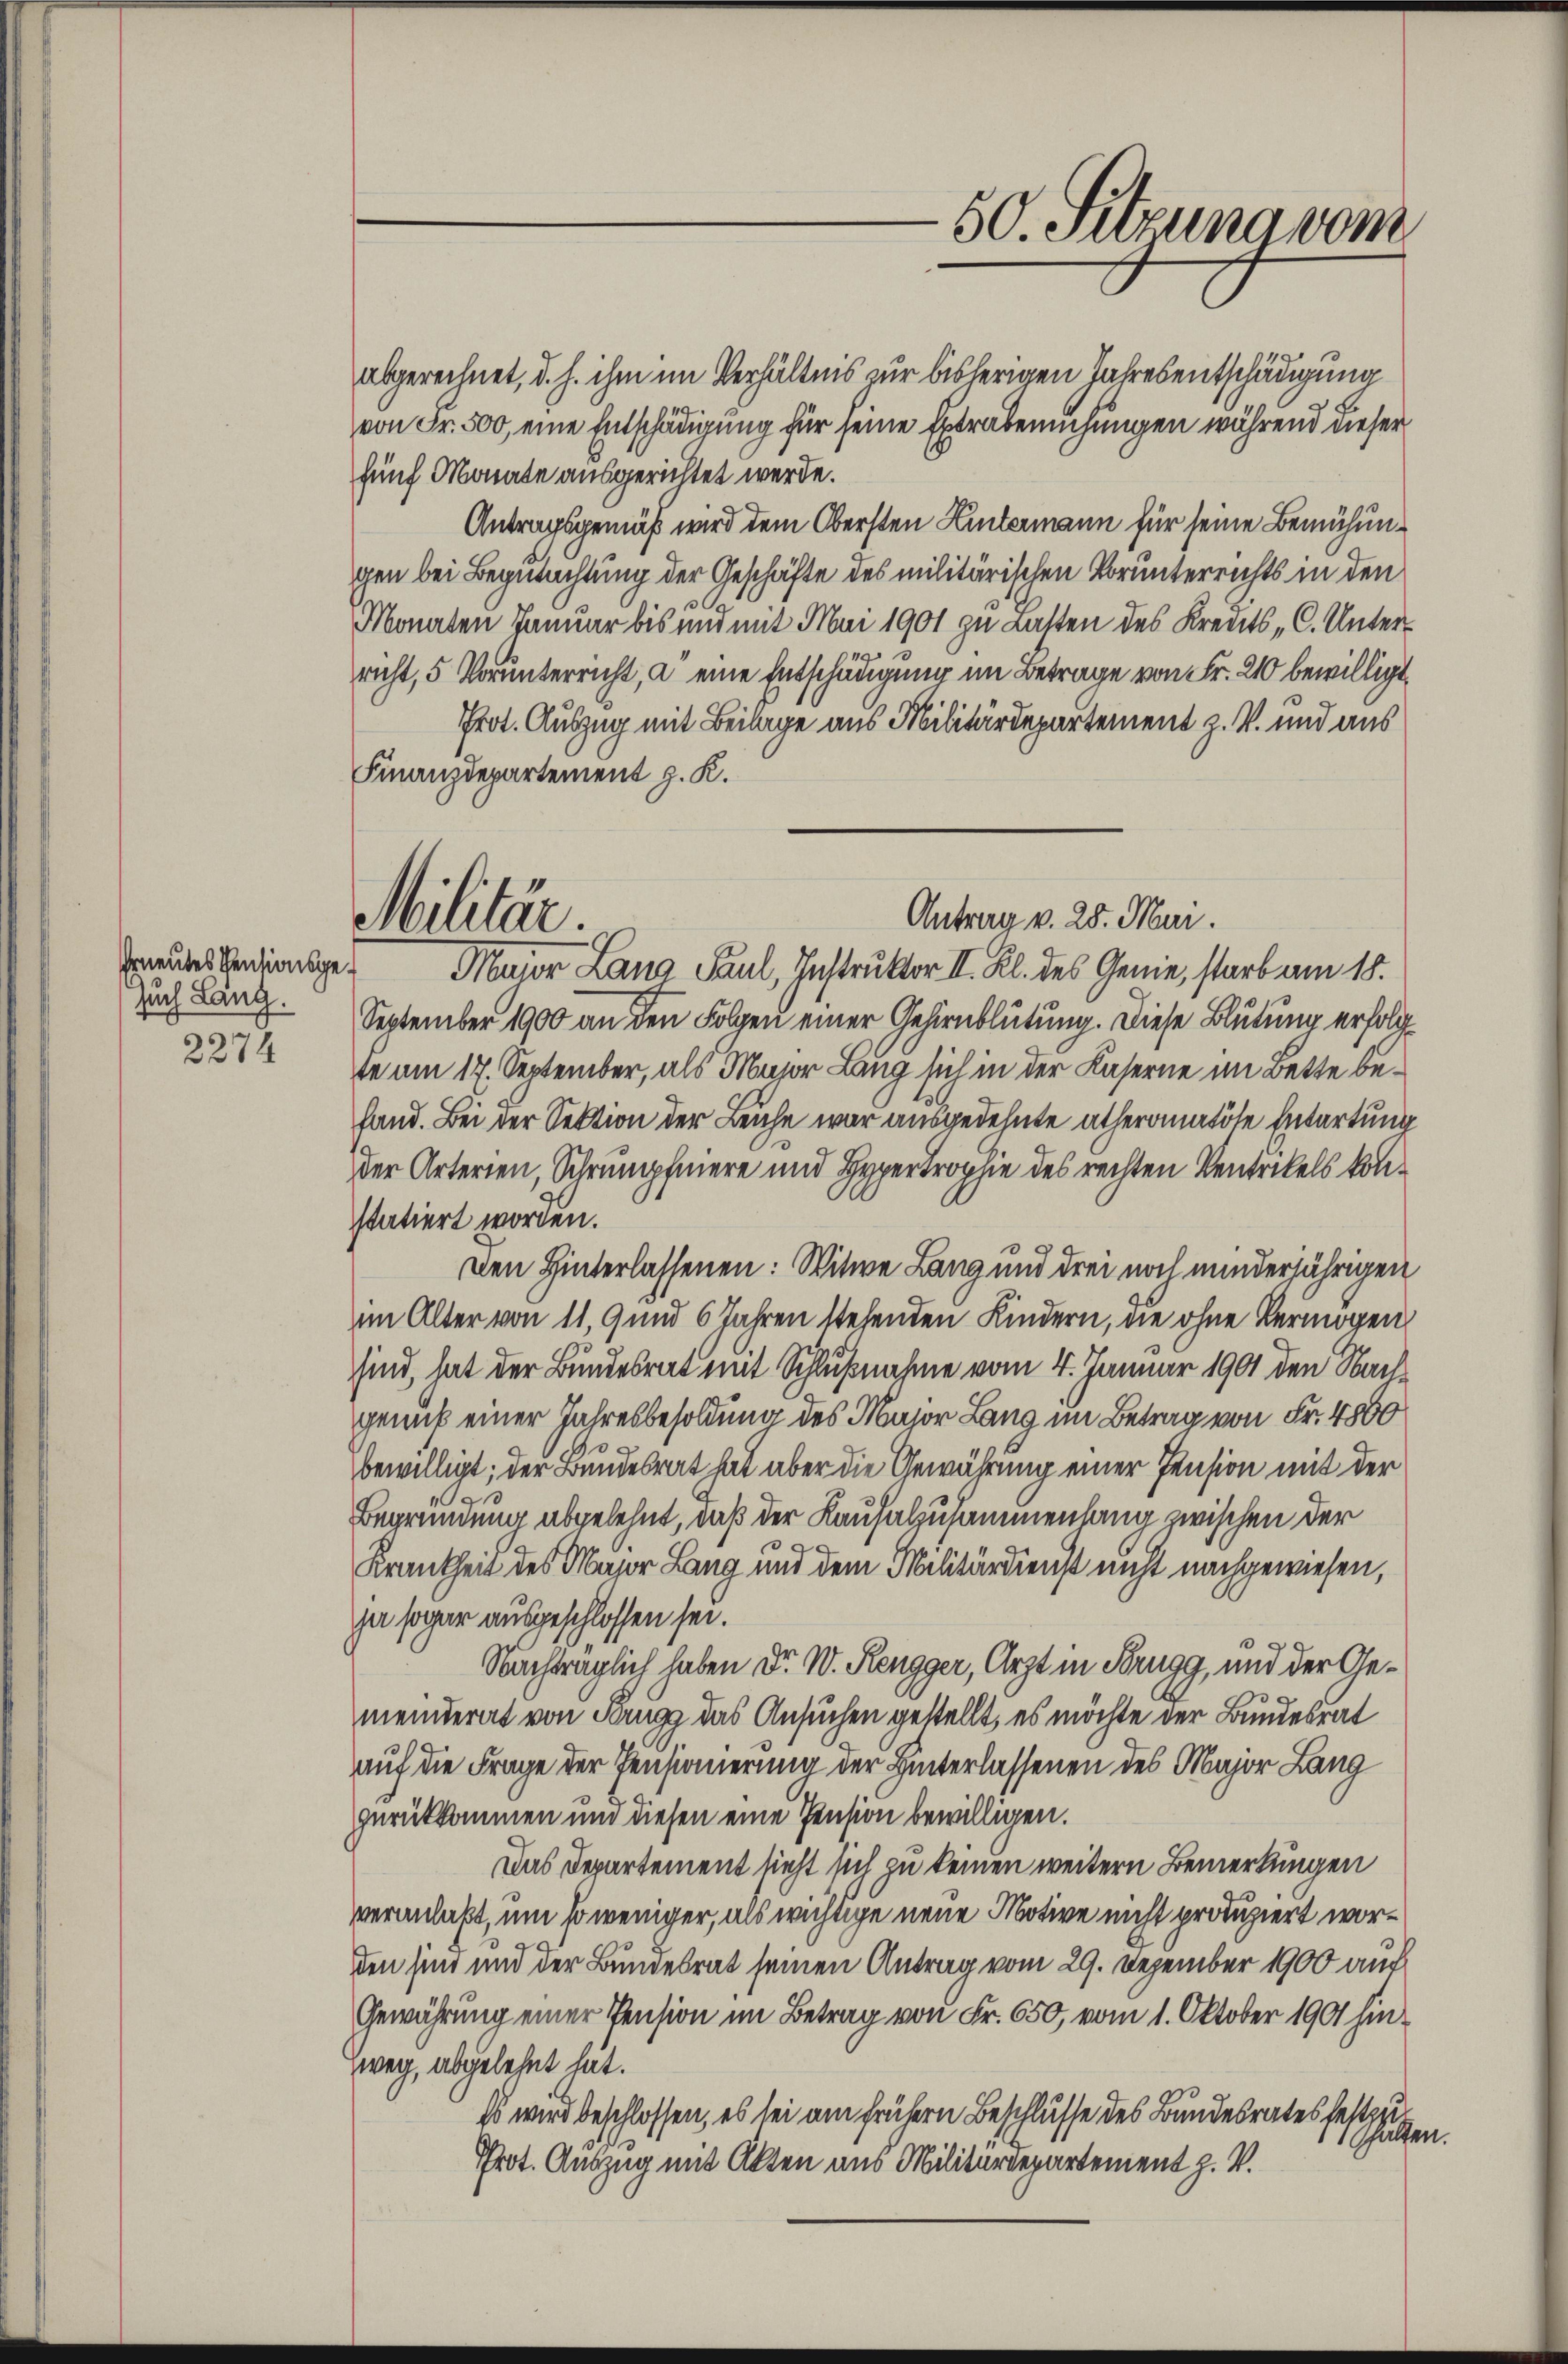
such Läng.
2274

abgerechnet, d. h. ihm im Verhältnis zur bisherigen Jahresentschädigung
von Fr. 500, eine Entschädigung für seine Extrabesuchungen während dieser
fünf Monate ausgerichtet werde.
Antragsgemäß wird dem Obersten Hintermann für seine Bemühungen bei Begutachtung der Geschäfte des militärischen Vorunterrichts in den
Monaten Januar bis und mit Mai 1901 zu Lasten des Kreis, C. Unter-
richt, 5 Vorunterricht, a. eine Entschädigung im Betrage von Fr. 210 bewilligt,
Prot. Auszug mit Beilage aus Militärdepartement z. V. und aus
Finanzdepartement z. K.
September 1900 an den Folgen einer Gehirnblutung. Diese Blutung erfolgte am 17. September, als Major Lang sich in der Kaserne im Bette beland. Bei der Sektion der Leiche war ausgedehnte alheronatöse Entartung
der Arterien, Schrumpfniere und Hyprtrophie des rechten Ventrikels konstatiert worden.
Den Hinterlassenen: Witwe Lang und drei noch minderjährigen
im Alter von 11,9 und 6 Jahren stehenden Kindern, die ohne Vermögen
sind, hat der Bundesrat mit Schlußnahme vom 4. Januar 1901 den Nach
gemüt einer Jahresbesoldung des Major Lang im Betrag von Fr. 4800
bewilligt; der Bundesrat hat aber die Gewährung einer Pension mit der
Begründung abgelehnt, daß der Kausalzusammenhang zwischen der
c
Krankheit des Major Lang und dem Militärdienst nicht nachgewiesen,
ja sogar ausgeschlossen sei.
Nachträglich haben Dr. W. Rengger, Arzt in Brugg, und der Gemeinderat von Brugg das Ansuchen gestellt, es möchte der Bundesrat
auf die Frage der Pensionierung der Hinterlassenen des Major Lang
zerükkommen und diesen eine Pension bewilligen.
Das Departement sieht sich zu keinen weitern Bemerkungen
veranlaßt, um so weniger, als wichtige neue Motive nicht produziert worden sind und der Bundesrat seinen Antrag vom 29. Dezember 1900 auf
Gewährung einer Pension im Betrag von Fr. 650, vom 1. Oktober 1901 hin¬
Zweg, abgelehnt hat.
Es wird beschlossen, es sei am frühern Beschlusse des Bundesrates festzu¬
1 hielte
Prot. Auszug mit Akten aus Militärdepartement z. V.

50. Sitzung vom

Antrag v. 28. Mai.
Militär.
utes Radionsges. Major Lang Paul, Instruktor II. Kl. des Genie, starb am 18.